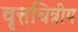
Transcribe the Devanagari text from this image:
वृत्तचित्रीय